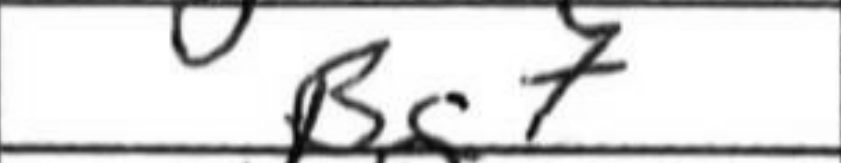
Transcription: Bg7